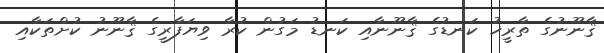
ޤާނޫނުގެ ތާރީޚު ކަނޑުގެ ޤާނޫނާއި ކަނޑު މަގުން ކުރާ ވިޔަފާރީގެ ޤާނޫނު ކުށްތަކާއި